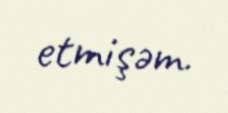
etmişəm.